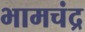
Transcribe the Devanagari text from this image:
भामचंद्र